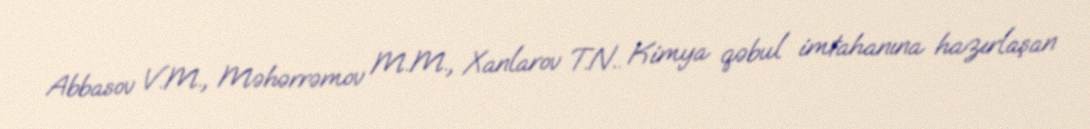
Abbasov V.M., Məhərrəmov M.M., Xanlarov T.N.. Kimya qəbul imtahanına hazırlaşan